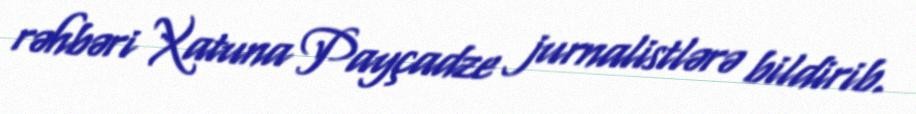
rəhbəri Xatuna Payçadze jurnalistlərə bildirib.